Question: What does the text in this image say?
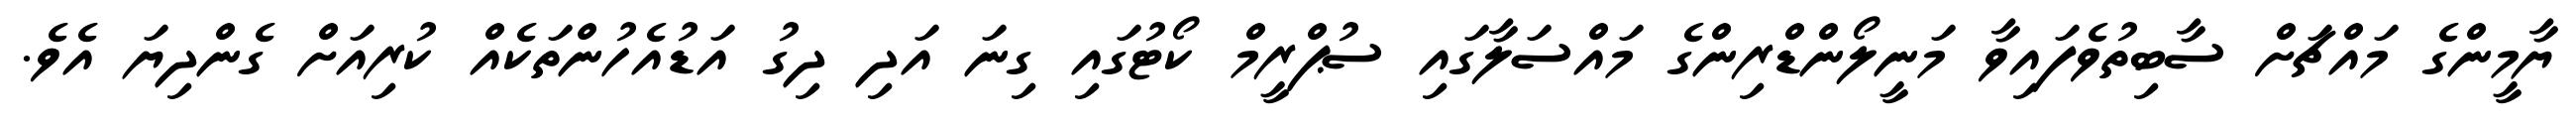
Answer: ޔާމީންގެ މައްޗަށް ސާބިތުވެފައިވާ މަނީލޯންޑްރިންގެ މައްސަލާގައި ސުޕްރީމް ކޯޓުގައި ގިނަ އަދި ދިގު އަޑުއެހުންތަކެއް ކުރިއަށް ގެންދިޔަ އެވެ.